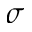
\sigma